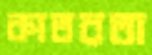
কাতরতা